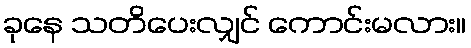
ခုနေ သတိပေးလျှင် ကောင်းမလား။